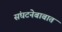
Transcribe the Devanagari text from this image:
संघटनेबाबात